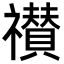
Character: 𮂠